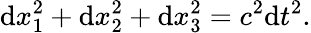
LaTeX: \mathrm{d}x_{1}^{2}+\mathrm{d}x_{2}^{2}+\mathrm{d}x_{3}^{2}=c^{2}\mathrm{d}t^{2}.